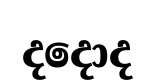
දදොද